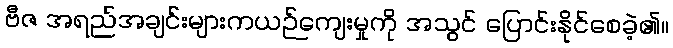
ဗီဇ အရည်အချင်းများကယဉ်ကျေးမှုကို အသွင် ပြောင်းနိုင်စေခဲ့၏။